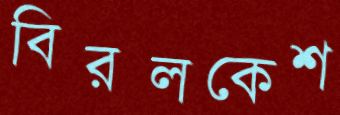
বিরলকেশ